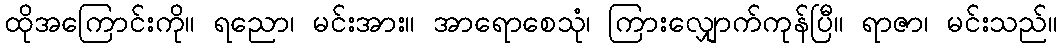
ထိုအကြောင်းကို။ ရညော၊ မင်းအား။ အာရောစေသုံ၊ ကြားလျှောက်ကုန်ပြီ။ ရာဇာ၊ မင်းသည်။